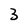
Character: 3